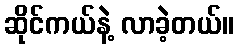
ဆိုင်ကယ်နဲ့ လာခဲ့တယ်။